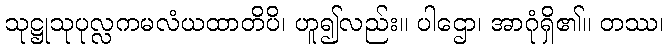
သုဋ္ဌုသုပုလ္လကမလံယထာတိပိ၊ ဟူ၍လည်း။ ပါဌော၊ အာဂုံရှိ၏။ တဿ၊